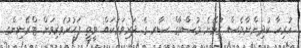
ހުރިހާ ކުދިންނާވެސް ގުޅޭނެ މުސްތާގް ސާރ ގެ ދަރިވަރަކައް ވީތީ ފަޙުރުވެރިވަން ޓްރޭނިންގ